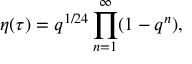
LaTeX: \eta ( \tau ) = q ^ { 1 / 2 4 } \prod _ { n = 1 } ^ { \infty } ( 1 - q ^ { n } ) ,